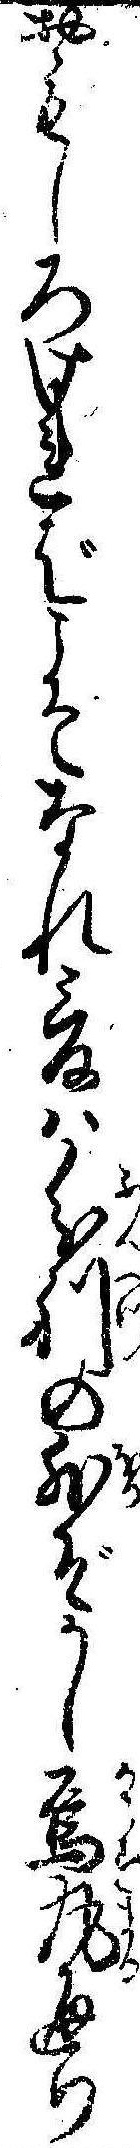
おもしろければこそなれ爰は分別の外ぞかし烏丸通り